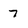
Character: 7